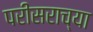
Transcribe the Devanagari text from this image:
परीसराच्या